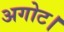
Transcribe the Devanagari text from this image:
अगोट।